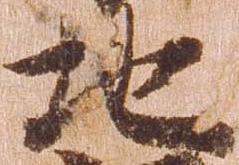
地